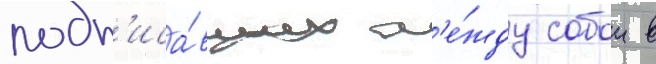
подп'иса́вших м'е́жду собои в